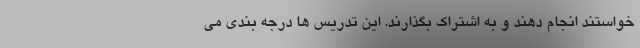
خواستند انجام دهند و به اشتراک بگذارند. این تدریس ها درجه بندی می